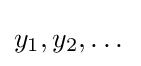
y_{1},y_{2},\dotsc